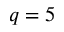
q = 5